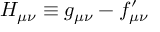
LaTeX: H _ { \mu \nu } \equiv g _ { \mu \nu } - f _ { \mu \nu } ^ { \prime }